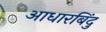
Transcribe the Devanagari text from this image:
आधारबिंदु